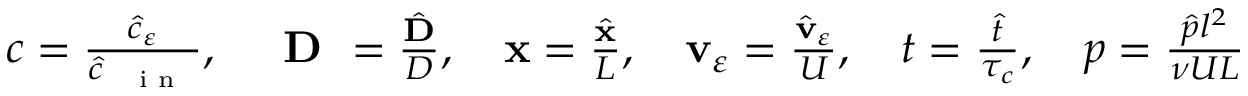
\begin{array} { r } { c = \frac { { \hat { c } } _ { \varepsilon } } { \hat { c } _ { \mathrm { ~ \tiny ~ { ~ i ~ n ~ } ~ } } } , \quad \textbf { D } = \frac { { \hat { \mathbf D } } } { D } , \quad \mathbf x = \frac { { \hat { \mathbf x } } } { L } , \quad \mathbf v _ { \varepsilon } = \frac { \hat { \mathbf v } _ { \varepsilon } } { U } , \quad t = \frac { { \hat { t } } } { \tau _ { c } } , \quad p = \frac { { \hat { p } } l ^ { 2 } } { { \nu } U L } } \end{array}